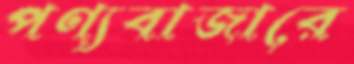
পণ্যবাজারে